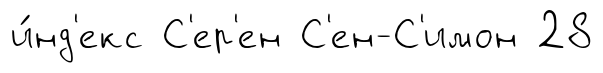
и́нд'екс С'ер'ен С'ен-С'имон 28